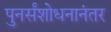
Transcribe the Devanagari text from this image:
पुनर्संशोधनानंतर